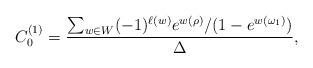
LaTeX: \begin{align*}C^{(1)}_{0} = \frac{\sum_{w\in W}(-1)^{\ell(w)}e^{w(\rho)}/(1-e^{w(\omega_1)})}{\Delta},\end{align*}